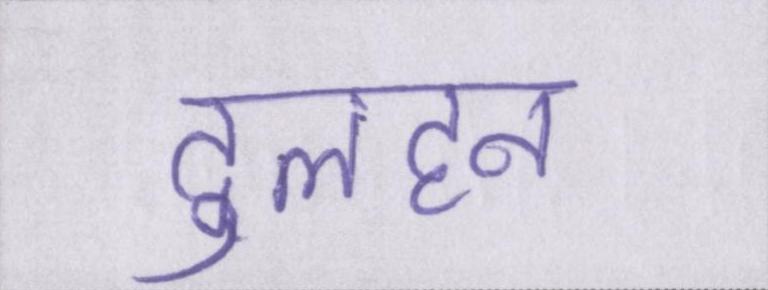
दुलहन